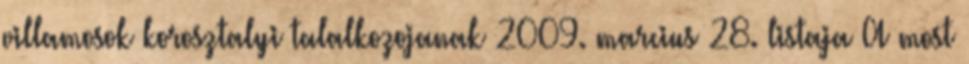
villamosok korosztalyi talalkozojanak 2009. marcius 28. listaja A most